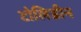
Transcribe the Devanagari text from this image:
टोलिडीन